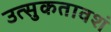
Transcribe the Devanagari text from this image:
उत्‍सुकतावशं